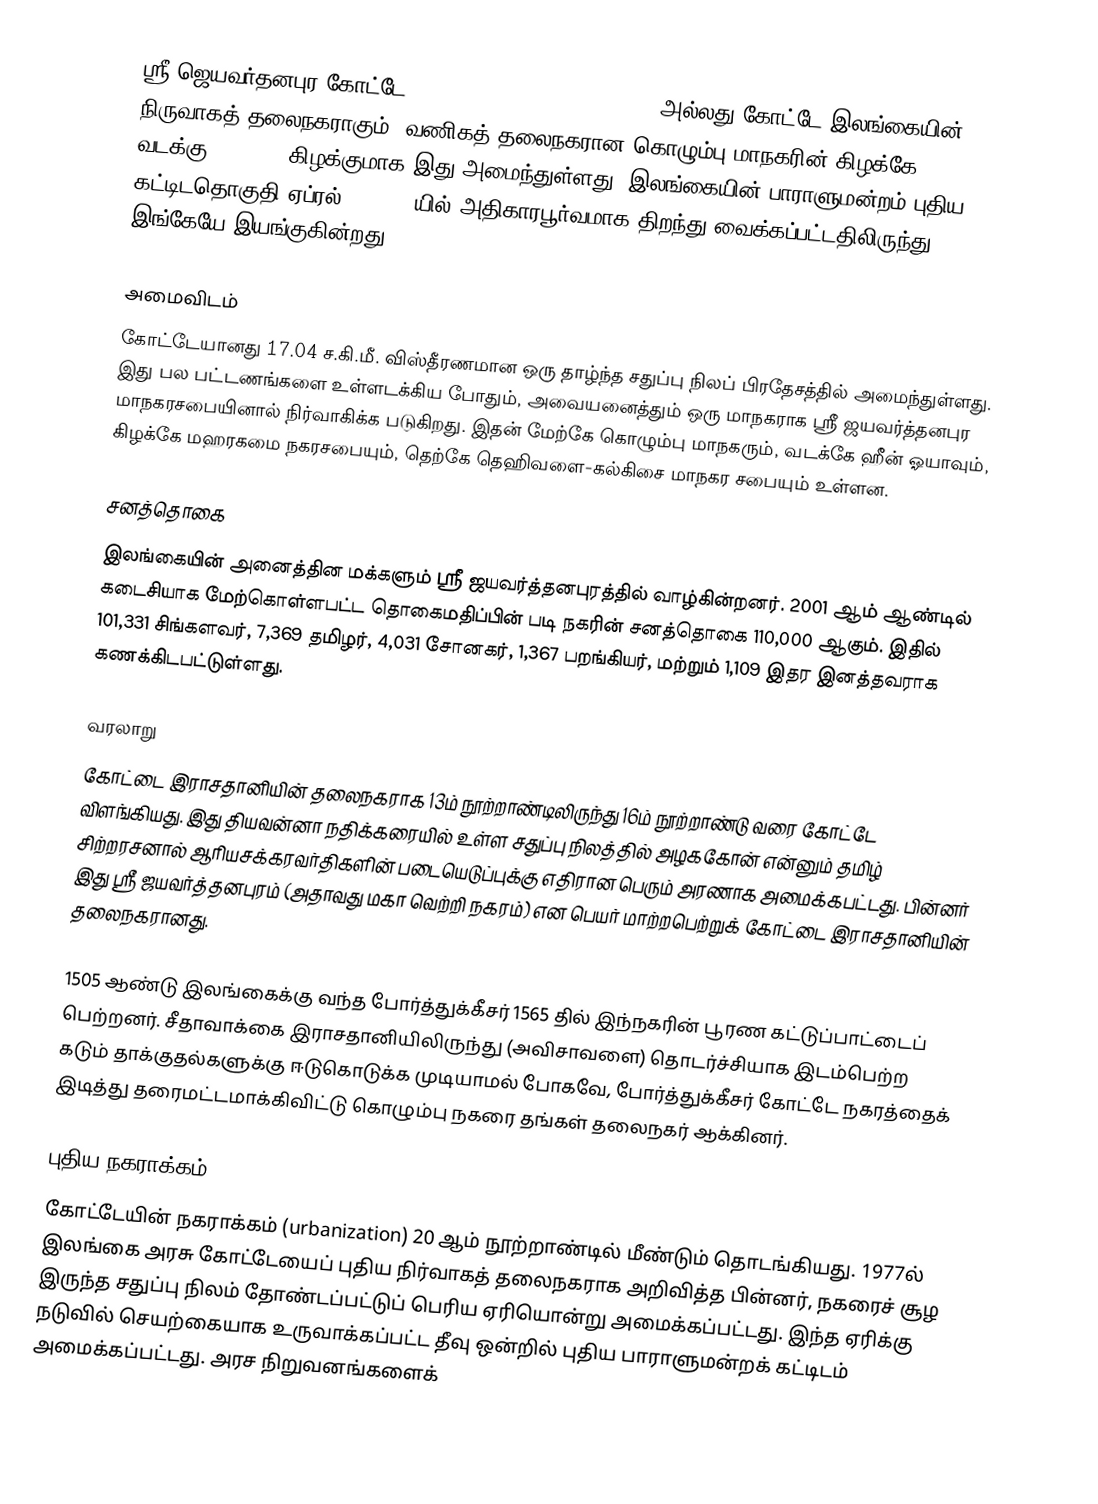
ஸ்ரீ ஜெயவர்தனபுர கோட்டே (Sri Jayawardenapura Kotte, ) அல்லது கோட்டே இலங்கையின் நிருவாகத் தலைநகராகும். வணிகத் தலைநகரான கொழும்பு மாநகரின் கிழக்கே 6° 54' வடக்கு, 79° 54' கிழக்குமாக இது அமைந்துள்ளது. இலங்கையின் பாராளுமன்றம் புதிய கட்டிடதொகுதி ஏப்ரல் 29 1982 யில் அதிகாரபூர்வமாக திறந்து வைக்கப்பட்டதிலிருந்து இங்கேயே இயங்குகின்றது.

அமைவிடம்
கோட்டேயானது 17.04 ச.கி.மீ. விஸ்தீரணமான ஒரு தாழ்ந்த சதுப்பு நிலப் பிரதேசத்தில் அமைந்துள்ளது. இது பல பட்டணங்களை உள்ளடக்கிய போதும், அவையனைத்தும் ஒரு மாநகராக ஸ்ரீ ஜயவர்த்தனபுர மாநகரசபையினால் நிர்வாகிக்க படுகிறது. இதன் மேற்கே கொழும்பு மாநகரும், வடக்கே ஹீன் ஓயாவும், கிழக்கே மஹரகமை நகரசபையும், தெற்கே தெஹிவளை-கல்கிசை மாநகர சபையும் உள்ளன.

சனத்தொகை
இலங்கையின் அனைத்தின மக்களும் ஸ்ரீ ஜயவர்த்தனபுரத்தில் வாழ்கின்றனர். 2001 ஆம் ஆண்டில் கடைசியாக மேற்கொள்ளபட்ட தொகைமதிப்பின் படி நகரின் சனத்தொகை 110,000 ஆகும். இதில் 101,331 சிங்களவர், 7,369 தமிழர், 4,031 சோனகர், 1,367 பறங்கியர், மற்றும் 1,109 இதர இனத்தவராக கணக்கிடபட்டுள்ளது.

வரலாறு
கோட்டை இராசதானியின் தலைநகராக 13ம் நூற்றாண்டிலிருந்து 16ம் நூற்றாண்டு வரை கோட்டே விளங்கியது. இது தியவன்னா நதிக்கரையில் உள்ள சதுப்பு நிலத்தில் அழககோன் என்னும் தமிழ் சிற்றரசனால் ஆரியசக்கரவர்திகளின் படையெடுப்புக்கு எதிரான பெரும் அரணாக அமைக்கபட்டது. பின்னர் இது ஸ்ரீ ஜயவர்த்தனபுரம் (அதாவது மகா வெற்றி நகரம்) என பெயர் மாற்றபெற்றுக் கோட்டை இராசதானியின் தலைநகரானது.

1505 ஆண்டு இலங்கைக்கு வந்த போர்த்துக்கீசர் 1565 தில் இந்நகரின் பூரண கட்டுப்பாட்டைப் பெற்றனர். சீதாவாக்கை இராசதானியிலிருந்து (அவிசாவளை) தொடர்ச்சியாக இடம்பெற்ற கடும் தாக்குதல்களுக்கு ஈடுகொடுக்க முடியாமல் போகவே, போர்த்துக்கீசர் கோட்டே நகரத்தைக் இடித்து தரைமட்டமாக்கிவிட்டு கொழும்பு நகரை தங்கள் தலைநகர் ஆக்கினர்.

புதிய நகராக்கம்
கோட்டேயின் நகராக்கம் (urbanization) 20 ஆம் நூற்றாண்டில் மீண்டும் தொடங்கியது. 1977ல் இலங்கை அரசு கோட்டேயைப் புதிய நிர்வாகத் தலைநகராக அறிவித்த பின்னர், நகரைச் சூழ இருந்த சதுப்பு நிலம் தோண்டப்பட்டுப் பெரிய ஏரியொன்று அமைக்கப்பட்டது. இந்த ஏரிக்கு நடுவில் செயற்கையாக உருவாக்கப்பட்ட தீவு ஒன்றில் புதிய பாராளுமன்றக் கட்டிடம் அமைக்கப்பட்டது. அரச நிறுவனங்களைக்